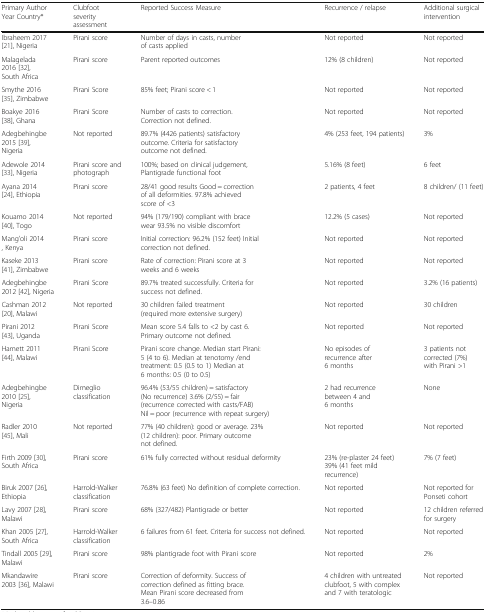
<table><thead><tr><td><b>Primary Author Year Country*</b></td><td><b>Clubfoot severity assessment</b></td><td><b>Reported Success Measure</b></td><td><b>Recurrence / relapse</b></td><td><b>Additional surgical intervention</b></td></tr></thead><tbody><tr><td>Ibraheem 2017 [21], Nigeria</td><td>Pirani score</td><td>Number of days in casts, number of casts applied</td><td>Not reported</td><td>Not reported</td></tr><tr><td>Malagelada 2016 [32], South Africa</td><td>Pirani score</td><td>Parent reported outcomes</td><td>12% (8 children)</td><td>Not reported</td></tr><tr><td>Smythe 2016 [35], Zimbabwe</td><td>Pirani Score</td><td>85% feet; Pirani score &lt; 1</td><td>Not reported</td><td>Not reported</td></tr><tr><td>Boakye 2016 [38], Ghana</td><td>Pirani Score</td><td>Number of casts to correction. Correction not defined.</td><td>Not reported</td><td>Not reported</td></tr><tr><td>Adegbehingbe 2015 [39], Nigeria</td><td>Not reported</td><td>89.7% (4426 patients) satisfactory outcome. Criteria for satisfactory outcome not defined.</td><td>4% (253 feet, 194 patients)</td><td>3%</td></tr><tr><td>Adewole 2014 [33], Nigeria</td><td>Pirani score and photograph</td><td>100%; based on clinical judgement, Plantigrade functional foot</td><td>5.16% (8 feet)</td><td>6 feet</td></tr><tr><td>Ayana 2014 [24], Ethiopia</td><td>Pirani score</td><td>28/41 good results Good = correction of all deformities. 97.8% achieved score of &lt;3</td><td>2 patients, 4 feet</td><td>8 children/ (11 feet)</td></tr><tr><td>Kouamo 2014 [40], Togo</td><td>Not reported</td><td>94% (179/190) compliant with brace wear 93.5% no visible discomfort</td><td>12.2% (5 cases)</td><td>Not reported</td></tr><tr><td>Mang’oli 2014 , Kenya</td><td>Pirani score</td><td>Initial correction: 96.2% (152 feet) Initial correction not defined.</td><td>Not reported</td><td>Not reported</td></tr><tr><td>Kaseke 2013 [41], Zimbabwe</td><td>Pirani score</td><td>Rate of correction: Pirani score at 3 weeks and 6 weeks</td><td>Not reported</td><td>Not reported</td></tr><tr><td>Adegbehingbe 2012 [42], Nigeria</td><td>Pirani Score</td><td>89.7% treated successfully. Criteria for success not defined.</td><td>Not reported</td><td>3.2% (16 patients)</td></tr><tr><td>Cashman 2012 [20], Malawi</td><td>Not reported</td><td>30 children failed treatment (required more extensive surgery)</td><td>Not reported</td><td>30 children</td></tr><tr><td>Pirani 2012 [43], Uganda</td><td>Pirani Score</td><td>Mean score 5.4 falls to &lt;2 by cast 6. Primary outcome not defined.</td><td>Not reported</td><td>Not reported</td></tr><tr><td>Harnett 2011 [44], Malawi</td><td>Pirani Score</td><td>Pirani score change. Median start Pirani: 5 (4 to 6). Median at tenotomy /end treatment: 0.5 (0.5 to 1) Median at 6 months: 0.5 (0 to 0.5)</td><td>No episodes of recurrence after 6 months</td><td>3 patients not corrected (7%) with Pirani &gt;1</td></tr><tr><td>Adegbehingbe 2010 [25], Nigeria</td><td>Dimeglio classification</td><td>96.4% (53/55 children) = satisfactory (No recurrence) 3.6% (2/55) = fair (recurrence corrected with casts/FAB) Nil = poor (recurrence with repeat surgery)</td><td>2 had recurrence between 4 and 6 months</td><td>None</td></tr><tr><td>Radler 2010 [45], Mali</td><td>Not reported</td><td>77% (40 children): good or average. 23% (12 children): poor. Primary outcome not defined.</td><td>Not reported</td><td>Not reported</td></tr><tr><td>Firth 2009 [30], South Africa</td><td>Pirani score</td><td>61% fully corrected without residual deformity</td><td>23% (re-plaster 24 feet) 39% (41 feet mild recurrence)</td><td>7% (7 feet)</td></tr><tr><td>Biruk 2007 [26], Ethiopia</td><td>Harrold-Walker classification</td><td>76.8% (63 feet) No definition of complete correction.</td><td>Not reported</td><td>Not reported for Ponseti cohort</td></tr><tr><td>Lavy 2007 [28], Malawi</td><td>Pirani score</td><td>68% (327/482) Plantigrade or better</td><td>Not reported</td><td>12 children referred for surgery</td></tr><tr><td>Khan 2005 [27], South Africa</td><td>Harrold-Walker classification</td><td>6 failures from 61 feet. Criteria for success not defined.</td><td>Not reported</td><td>Not reported</td></tr><tr><td>Tindall 2005 [29], Malawi</td><td>Pirani score</td><td>98% plantigrade foot with Pirani score</td><td>Not reported</td><td>2%</td></tr><tr><td>Mkandawire 2003 [36], Malawi</td><td>Pirani score</td><td>Correction of deformity. Success of correction defined as fitting brace. Mean Pirani score decreased from 3.6–0.86</td><td>4 children with untreated clubfoot, 5 with complex and 7 with teratologic</td><td>Not reported</td></tr></tbody></table>